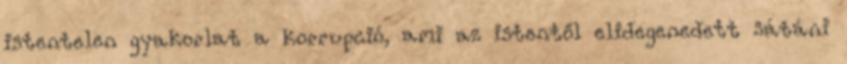
istentelen gyakorlat a korrupció, ami az istentől elidegenedett sátáni